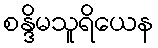
စန္ဒိမသူရိယေန